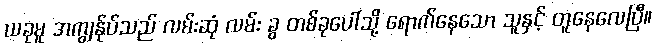
ယခုမူ အကျွန်ုပ်သည် လမ်းဆုံ လမ်း ခွ တစ်ခုပေါ်သို့ ရောက်နေသော သူနှင့် တူနေလေပြီ။